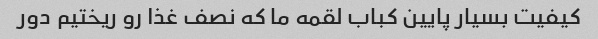
کیفیت بسیار پایین کباب لقمه ما که نصف غذا رو ریختیم دور